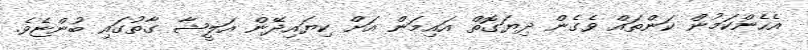
އެހެންކަމުން ކަންތައް ވެގެން ދިޔަގޮތް އައިމަން އަށް ކިޔައިދޭން އަލީޝާ ގާތުގައި ބުންޏެވެ.